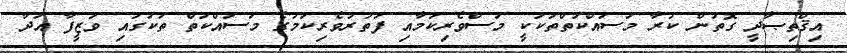
އިޤްތިޞާދީ ގޮތުން ކުރާ މަސައްކަތްތަކަކީ މަސްވެރިކަމާއި ފަތުރުވެރިކަމުގެ މަސައްކަތް ތަކުގައި ވަޒީފާ އަދާ